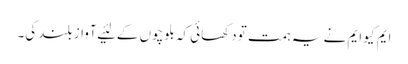
ایم کیو ایم نے یہ ہمت تو دکھائی کہ بلوچوں کے لئیے آواز بلند کی۔